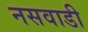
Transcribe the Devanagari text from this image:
नसवाडी